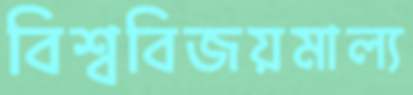
বিশ্ববিজয়মাল্য